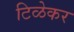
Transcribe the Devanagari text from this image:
टिळेकर